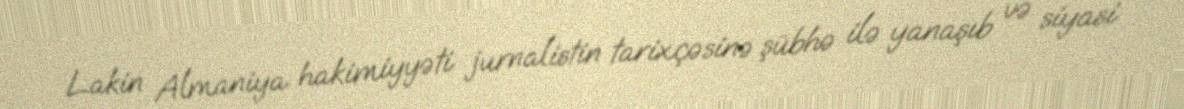
Lakin Almaniya hakimiyyəti jurnalistin tarixçəsinə şübhə ilə yanaşıb və siyasi